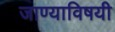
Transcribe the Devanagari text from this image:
जाण्याविषयी